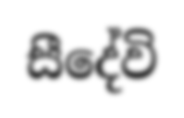
සීදේවි